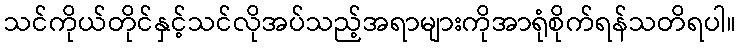
သင်ကိုယ်တိုင်နှင့်သင်လိုအပ်သည့်အရာများကိုအာရုံစိုက်ရန်သတိရပါ။